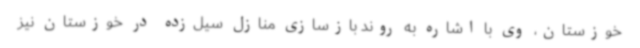
خوزستان، وی با اشاره به روند بازسازی منازل سیل‌زده در خوزستان نیز